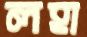
লহা